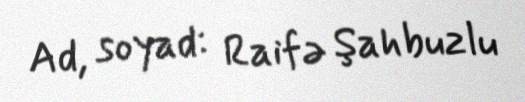
Ad, soyad: Raifə Şahbuzlu